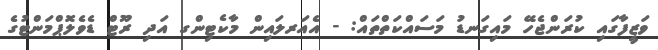
ވަޒީފާގައި ކުރަންޖެހޭ މައިގަނޑު މަސައްކަތްތައް: - އެއަރލައިން މާކެޓިންގ އަދި ރޫޓް ޑެވެލޮޕްމަންޓުގެ